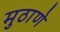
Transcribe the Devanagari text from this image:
मुठाणे